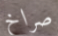
صراخ